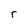
Character: r